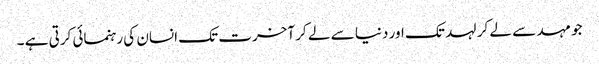
جو مہد سے لے کر لہد تک اور دنیا سے لے کر آخرت تک انسان کی رہنمائی کرتی ہے ۔